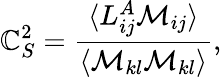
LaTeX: \mathbb{C}_{S}^{2}=\frac{{\langle{L_{ij}^{A}\mathcal{M}_{ij}}\rangle}}{{\langle{\mathcal{M}_{kl}\mathcal{M}_{kl}}\rangle}},